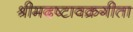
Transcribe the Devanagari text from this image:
श्रीमदष्टावक्रगीता